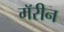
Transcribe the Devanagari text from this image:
मॅरीन